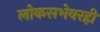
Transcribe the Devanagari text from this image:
लोकसभेवरही